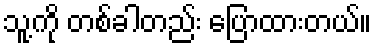
သူ့ကို တစ်ခါတည်း ပြောထားတယ်။